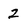
Character: 2